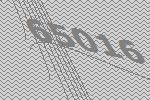
65016